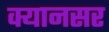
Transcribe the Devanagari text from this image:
क्यानसर